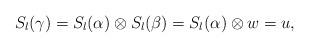
LaTeX: \begin{align*}S_{l}(\gamma)=S_{l}(\alpha)\otimes S_{l}(\beta)=S_{l}(\alpha)\otimes w=u,\end{align*}